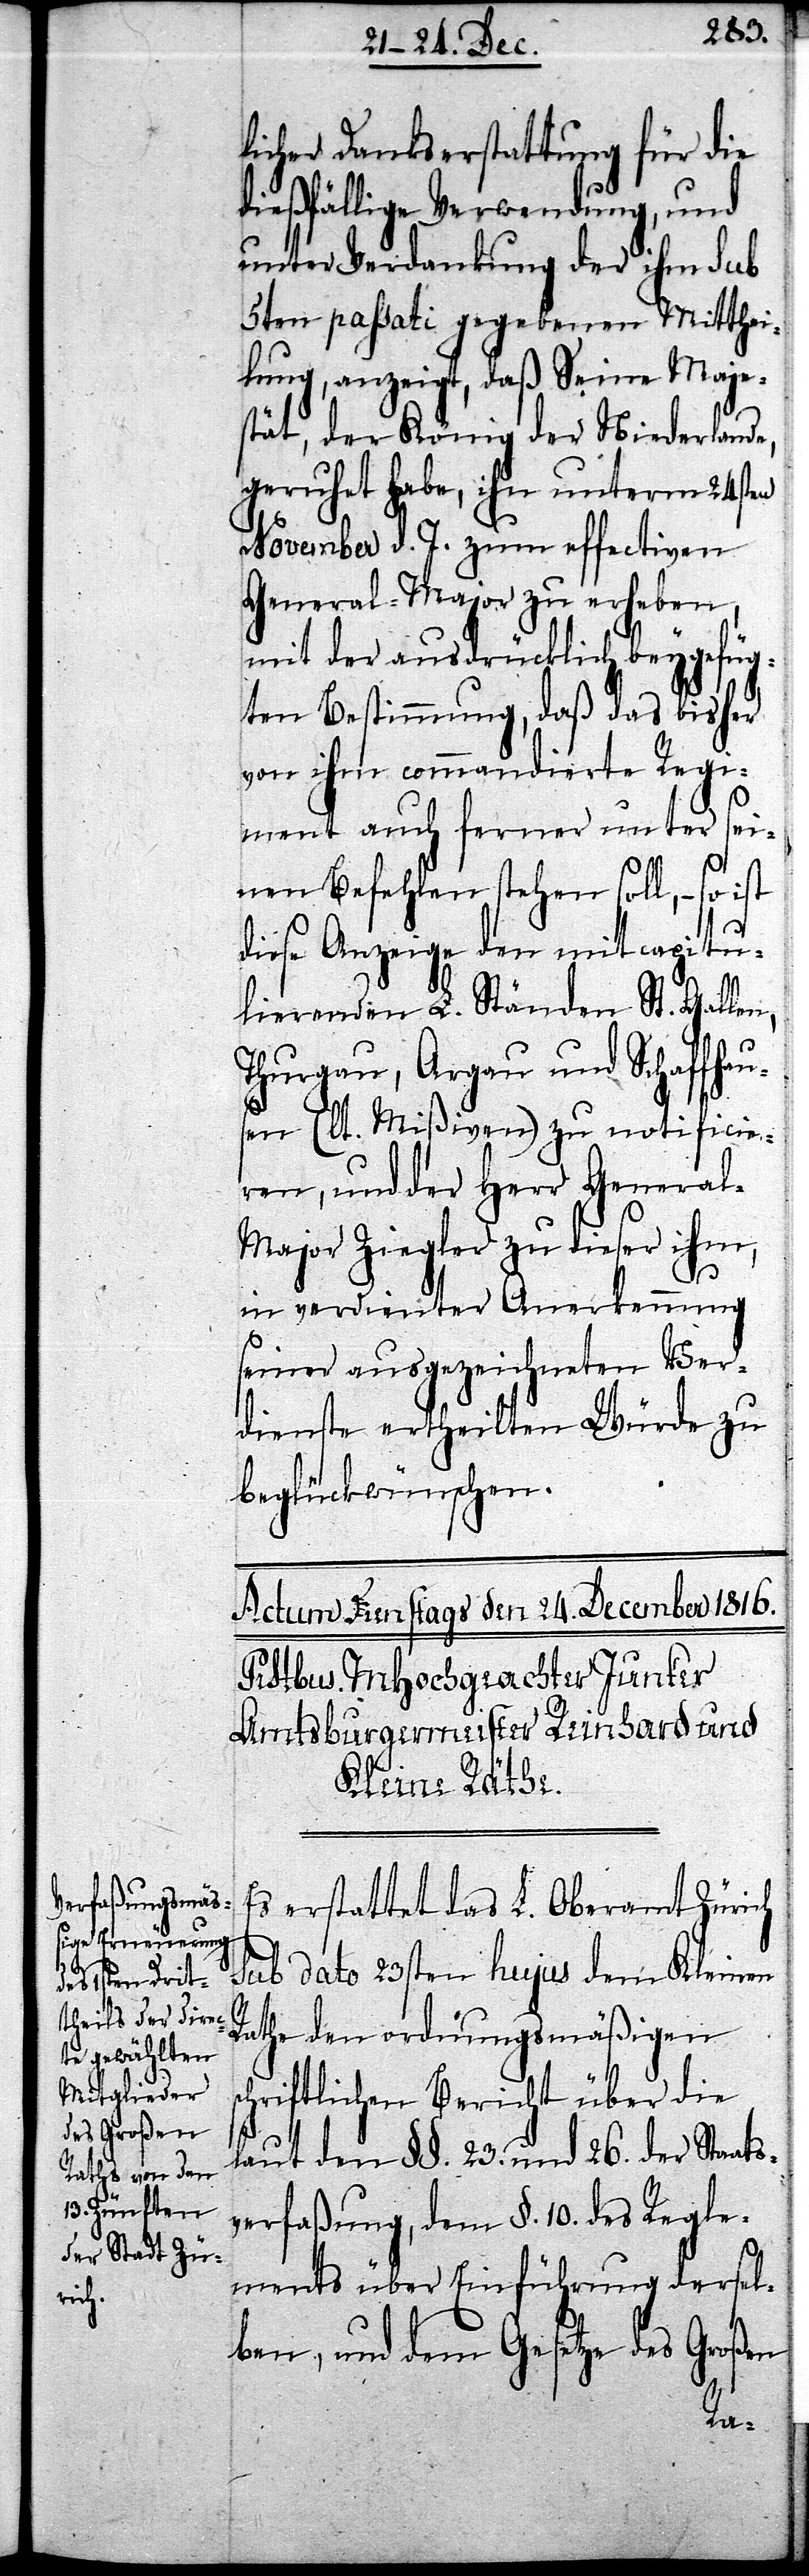
licher Dankserstattung für die
dießfällige Verwendung, und
unter Verdankung der ihm sub
5ten passati gegebenen Mitthei¬
lung, anzeigt, daß Seine Maje¬
stät, der König der Niederlande,
geruhet habe, ihn unterm 24sten
November d. J. zum effectiven
General-Major zu erheben,
mit der ausdrücklich beygefüg¬
ten Bestimmung, daß das bisher
von ihm commandierte Regi¬
ment auf ferner unter sei¬
nen Befehlen stehen soll, – so
ist
diese Anzeige den mitcapitu¬
lierenden L. Ständen St. Gallen,
Thurgau, Argau und Schaffhau¬
sen (lt. Mißiven) zu notificie¬
ren, und der Herr Genera¬
l-Major Ziegler zu dieser ihm,
in verdienter Anerkennung
seiner ausgezeichneten Ver¬
dienste ertheilten Würde zu
beglückwünschen.
Es erstattete das L. Oberamt Zürich
sub dato 23sten hujus dem Kleinen
Rathe den ordnungsmäßigen
schriftlichen Bericht über die
laut den §§. 23. und 26. der Staats¬
verfaßung, dem §. 10. des Regle¬
ments über Einführung dersel¬
ben, und dem Gesetze des Großen